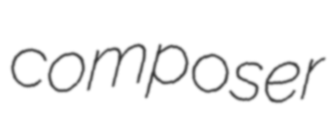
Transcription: composer